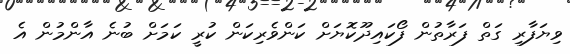
ވިޔަފާރި ގަތް ފަރާތުން ފޯކައިދޫކޮޔަށް ކަންވެރިކަން ކުރީ ކަމަށް ބުނެ އާންމުން އެ